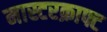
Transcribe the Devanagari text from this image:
मास्टरक्राफ्ट